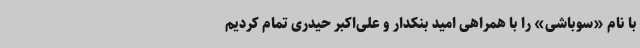
با نام «سوباشی» را با همراهی امید بنکدار و علی‌اکبر حیدری تمام کردیم